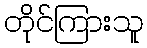
တိုင်ကြားသူ